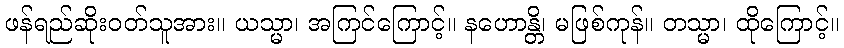
ဖန်ရည်ဆိုးဝတ်သူအား။ ယသ္မာ၊ အကြင်ကြောင့်။ နဟောန္တိ၊ မဖြစ်ကုန်။ တသ္မာ၊ ထိုကြောင့်။